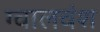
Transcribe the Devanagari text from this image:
ग्वालवंश